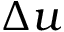
\Delta u